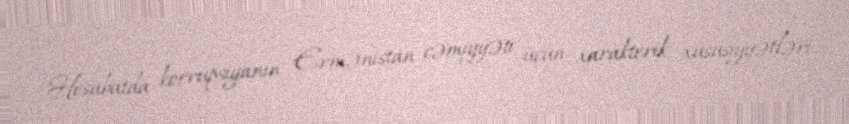
Hesabatda korrupsiyanın Ermənistan cəmiyyəti üçün xarakterik xüsusiyyətləri,